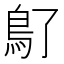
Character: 𩾒